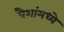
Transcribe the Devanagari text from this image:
पैशांमध्ये